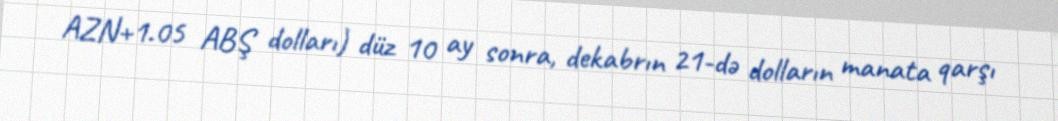
AZN+1.05 ABŞ dolları) düz 10 ay sonra, dekabrın 21-də dolların manata qarşı